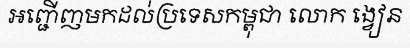
អញ្ជើញមកដល់ប្រទេសកម្ពុជា លោក ង្វៀន